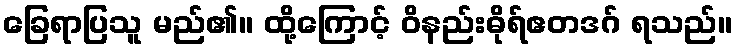
ခြေရာပြသူ မည်၏။ ထို့ကြောင့် ဝိနည်းဓိုရ်ဧတဒဂ် ရသည်။